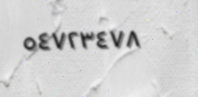
٥٤٧٢٣٤٧٨